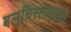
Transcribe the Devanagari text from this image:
बलुचिस्तानातले